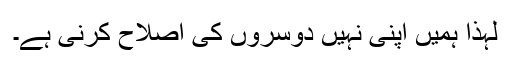
لہٰذا ہمیں اپنی نہیں دوسروں کی اصلاح کرنی ہے۔